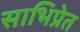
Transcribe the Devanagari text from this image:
साभिप्रेत